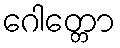
ဂေါတ္တော